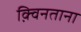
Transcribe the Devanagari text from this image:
क़्विनताना